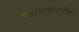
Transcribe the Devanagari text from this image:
पराभवापर्यंत